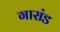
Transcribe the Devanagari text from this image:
गारांड